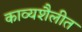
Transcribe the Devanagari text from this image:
काव्यशैलीत